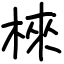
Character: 棶